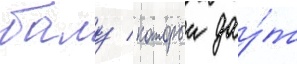
балу / которыи дау́т